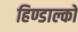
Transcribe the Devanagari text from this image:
हिण्डाल्को